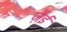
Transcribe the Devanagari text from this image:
ज़ैई